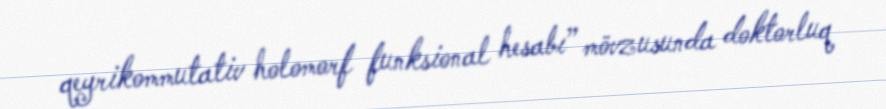
qeyrikommutativ holomorf funksional hesabı” mövzusunda doktorluq